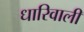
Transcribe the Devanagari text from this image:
धारिवाली